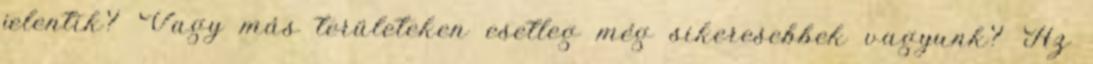
jelentik? Vagy más területeken esetleg még sikeresebbek vagyunk? Az